On the morphology, teratology, and diclinism of the flowers of cannabis - Number 12
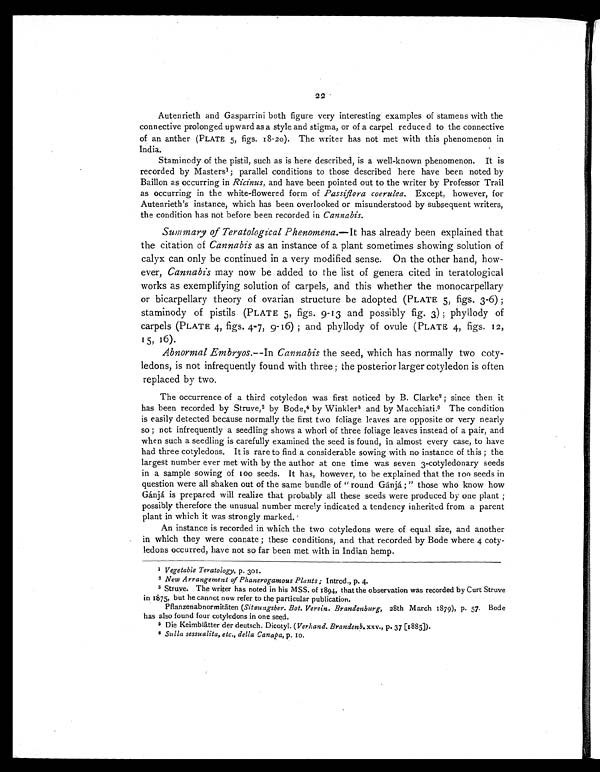
22
Autenrieth and Gasparrini both figure very interesting examples of stamens with the
connective prolonged upward as a style and stigma, or of a carpel reduced to the connective
of an anther (PLATE 5, figs. 18-20). The writer has not met with this phenomenon in
India.
Staminody of the pistil, such as is here described, is a well-known phenomenon. It is
recorded by Masters 1; parallel conditions to those described here have been noted by
Baillon as occurring in Ricinus, and have been pointed out to the writer by Professor Trail
as occurring in the white-flowered form of Passiflora coerulea. Except, however, for
Autenrieth's instance, which has been overlooked or misunderstood by subsequent writers,
the condition has not before been recorded in Cannabis.
Summary of Teratological Phenomena. —It has already been explained that
the citation of Cannabis as an instance of a plant sometimes showing solution of
calyx can only be continued in a very modified sense. On the other hand, how-
ever, Cannabis may now be added to the list of genera cited in teratological
works as exemplifying solution of carpels, and this whether the monocarpellary
or bicarpellary theory of ovarian structure be adopted (PLATE 5, figs. 3-6) ;
staminody of pistils (PLATE 5, figs. 9-13 and possibly fig. 3) ; phyllody of
carpels (PLATE 4, figs. 4-7, 9-16) ; and phyllody of ovule (PLATE 4, figs. 12,
15, 16).
Abnormal Embryos.— In Cannabis the seed, which has normally two coty-
ledons, is not infrequently found with three ; the posterior larger cotyledon is often
replaced by two.
The occurrence of a third cotyledon was first noticed by B. Clarke 2 ; since then it
has been recorded by Struve, 3 by Bode, 4 by Winkler 5 and by Macchiati. 6
The condition
is easily detected because normally the first two foliage leaves are opposite or very nearly
so ; not infrequently a seedling shows a whorl of three foliage leaves instead of a pair, and
when such a seedling is carefully examined the seed is found, in almost every case, to have
had three cotyledons. It is rare to find a considerable sowing with no instance of this ; the
largest number ever met with by the author at one time was seven 3-cotyledonary seeds
in a sample sowing of 100 seeds. It has, however, to be explained that the 100 seeds in
question were all shaken out of the same bundle of "round Gánjá ; " those who know how
Gánjá is prepared will realize that probably all these seeds were produced by one plant ;
possibly therefore the unusual number merely indicated a tendency inherited from a parent
plant in which it was strongly marked.
An instance is recorded in which the two cotyledons were of equal size, and another
in which they were connate ; these conditions, and that recorded by Bode where 4 coty-
ledons occurred, have not so far been met with in Indian hemp.
1 Vegetable Teratology, p. 301.
2 New Arrangement of Phanerogamous Plants; Introd., p. 4.
3 Struve. The writer has noted in his MSS. of 1894, that the observation was recorded by Curt Struve
in 1875, but he cannot now refer to the particular publication.
Pflanzenabnormitäten ( Sitzungsber. Bot. Verein. Brandenburg, 28th March 1879), p. 57. Bode
has also found four cotyledons in one seed.
5 Die Keimblätter der deutsch. Dicotyl. ( Verhand. Brandenb. xxv., p. 37 [1885]).
6 Sulla sessualita, etc., della Canapa, p. 10.